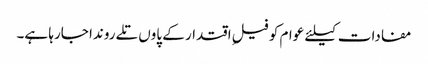
مفادات کیلئے عوام کو فیلِ اقتدار کے پاوں تلے روندا جارہا ہے۔